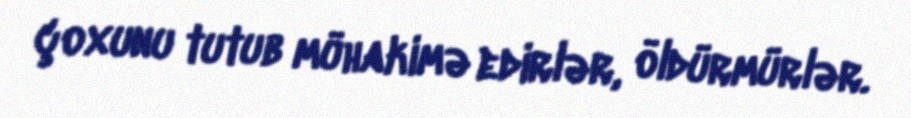
çoxunu tutub mühakimə edirlər, öldürmürlər.